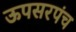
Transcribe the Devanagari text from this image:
ऊपसरपंच